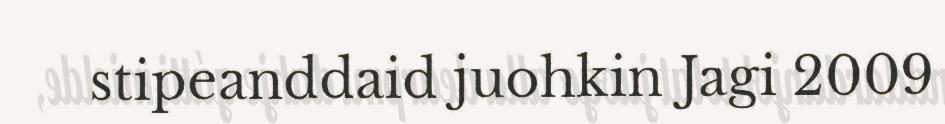
stipeanddaid juohkin Jagi 2009